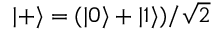
| + \rangle = ( | 0 \rangle + | 1 \rangle ) / \sqrt { 2 }